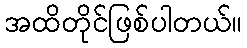
အထိတိုင်ဖြစ်ပါတယ်။